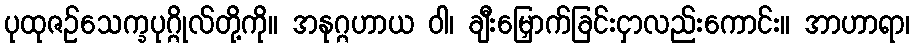
ပုထုဇဉ်သေက္ခပုဂ္ဂိုလ်တို့ကို။ အနုဂ္ဂဟာယ ဝါ၊ ချီးမြှောက်ခြင်းငှာလည်းကောင်း။ အာဟာရာ၊